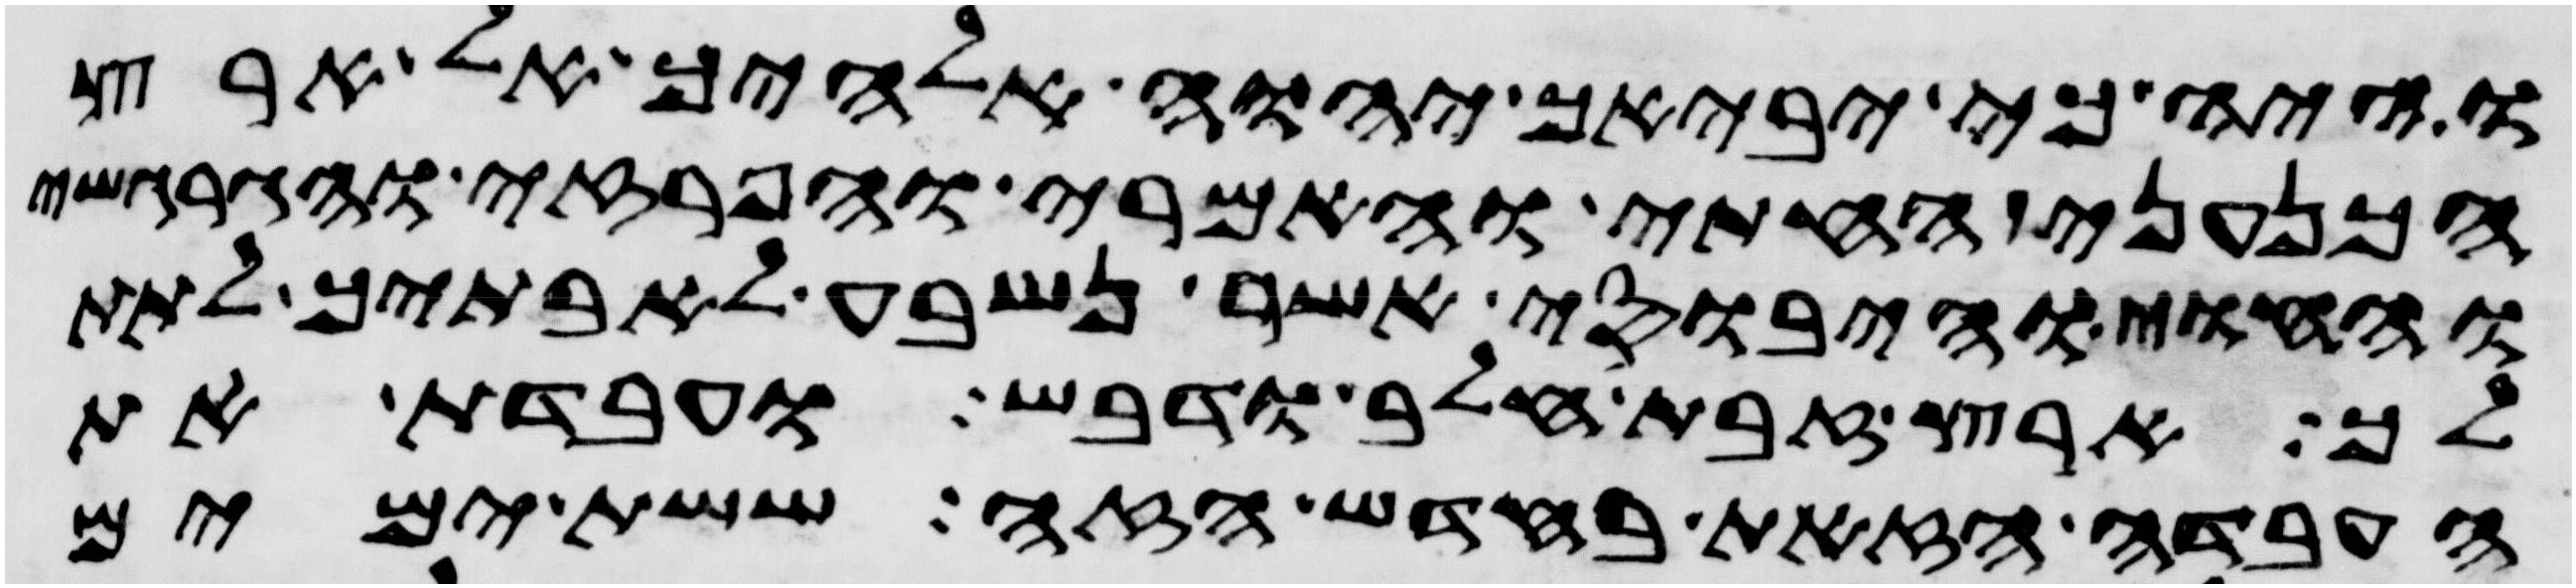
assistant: והיה כי יביאך יהוה אלהיך אל ארץ
הכנעני החתי והאמרי והפרזי והגרגשי
והחוי והיבוסי אשר נשבע לאבתיך לתת
לך ארץ זבת חלב ודבש ועבדת את
העבדה הזאת בחדש הזה ששת ימים